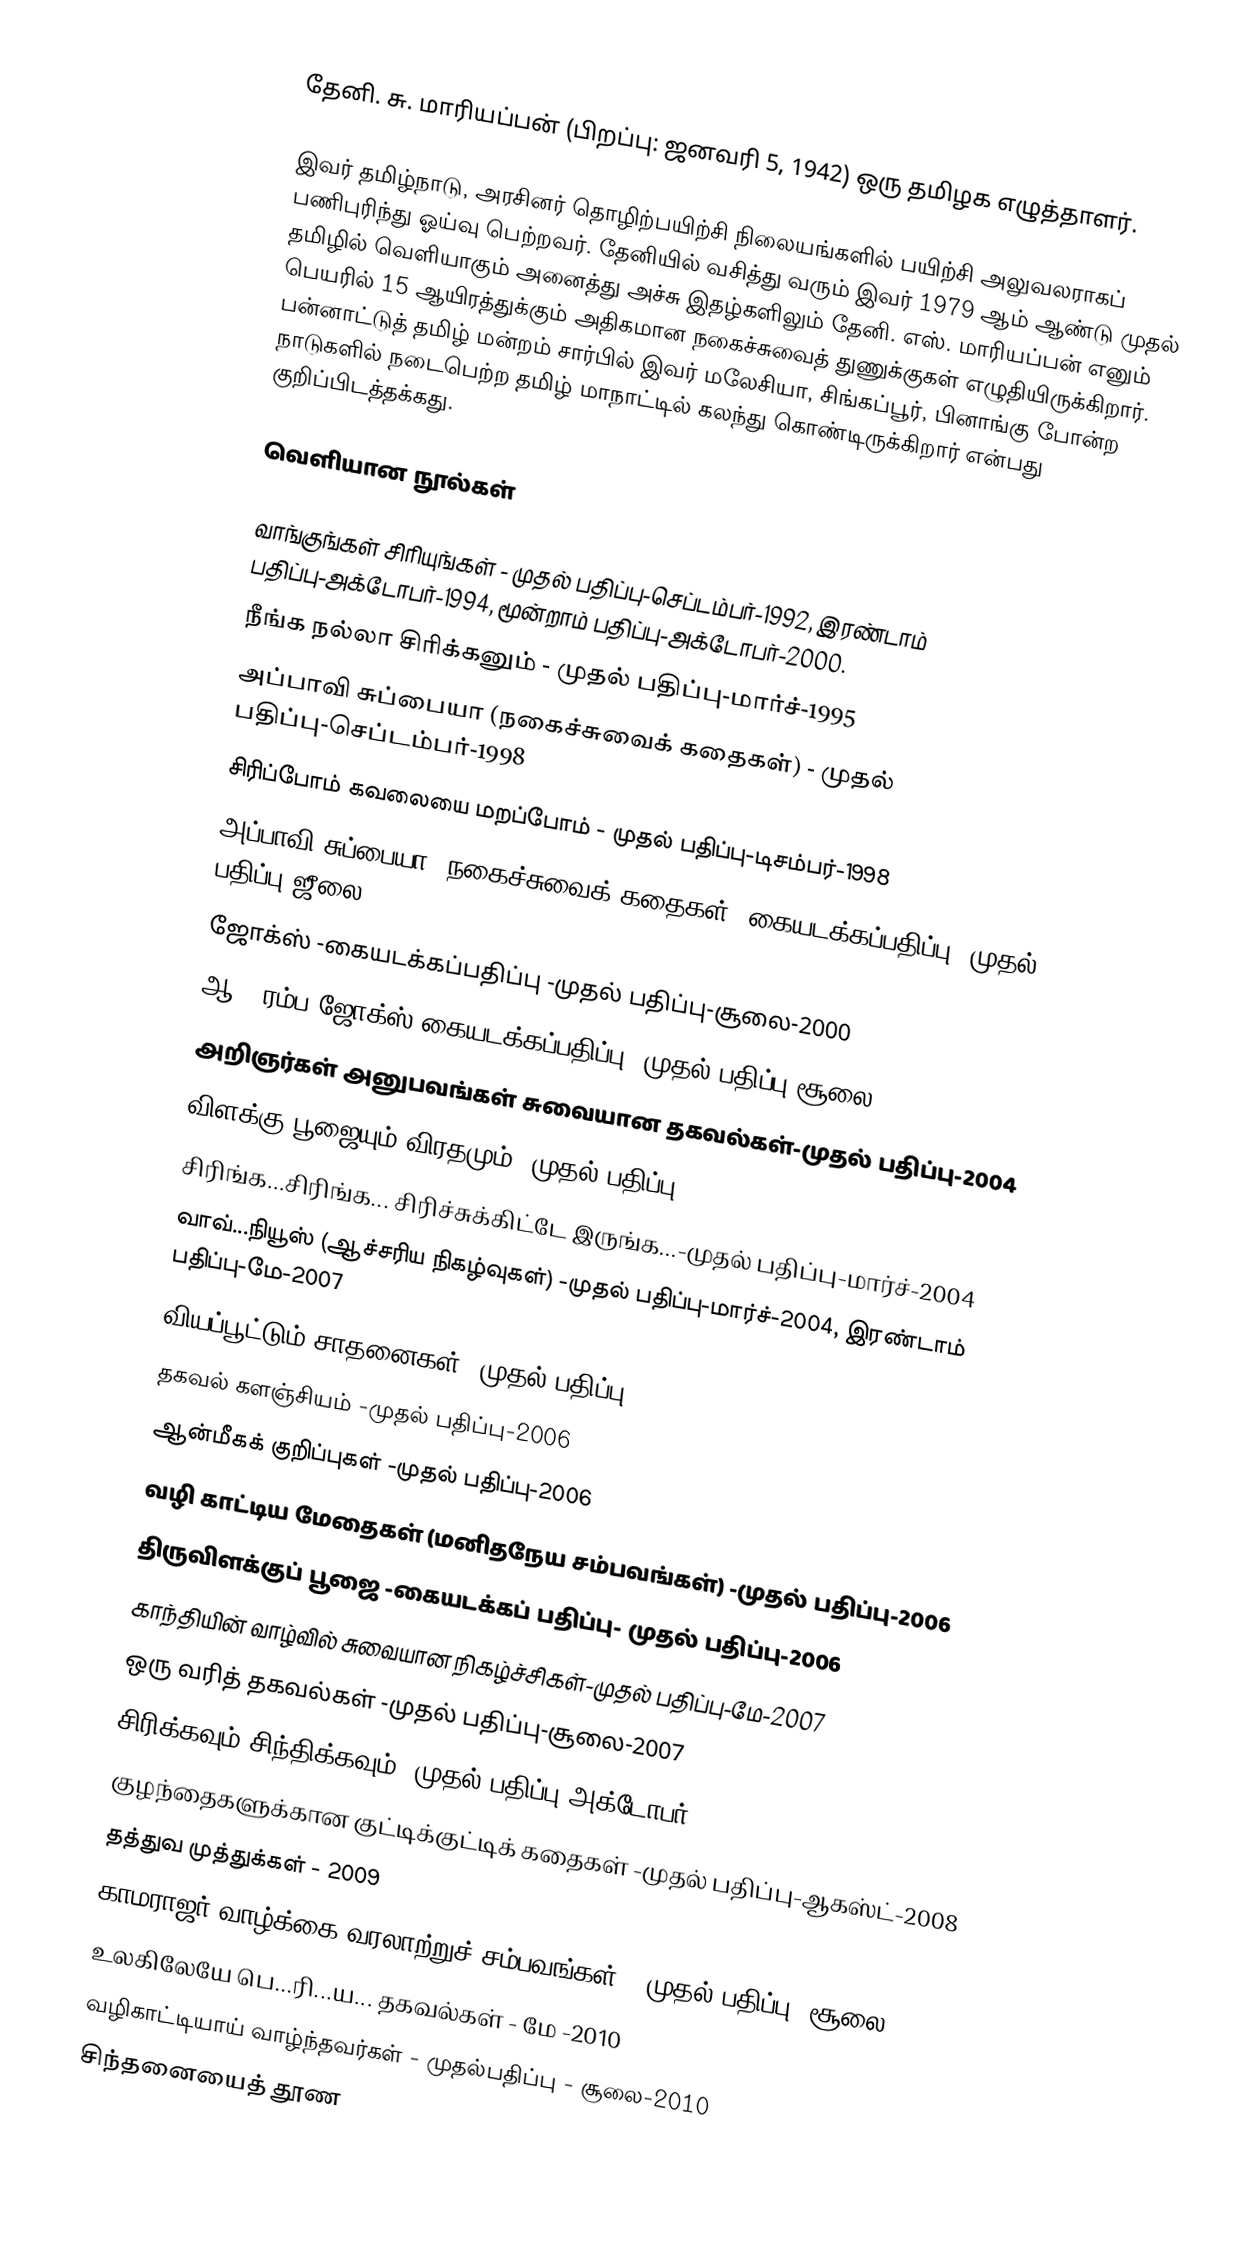
தேனி. சு. மாரியப்பன் (பிறப்பு: ஜனவரி 5, 1942) ஒரு தமிழக எழுத்தாளர்.

இவர் தமிழ்நாடு, அரசினர் தொழிற்பயிற்சி நிலையங்களில் பயிற்சி அலுவலராகப் பணிபுரிந்து ஓய்வு பெற்றவர். தேனியில் வசித்து வரும் இவர் 1979 ஆம் ஆண்டு முதல் தமிழில் வெளியாகும் அனைத்து அச்சு இதழ்களிலும் தேனி. எஸ். மாரியப்பன் எனும் பெயரில் 15 ஆயிரத்துக்கும் அதிகமான நகைச்சுவைத் துணுக்குகள் எழுதியிருக்கிறார். பன்னாட்டுத் தமிழ் மன்றம் சார்பில் இவர் மலேசியா, சிங்கப்பூர், பினாங்கு போன்ற நாடுகளில் நடைபெற்ற தமிழ் மாநாட்டில் கலந்து கொண்டிருக்கிறார் என்பது குறிப்பிடத்தக்கது.

வெளியான நூல்கள்

 வாங்குங்கள் சிரியுங்கள் - முதல் பதிப்பு-செப்டம்பர்-1992, இரண்டாம் பதிப்பு-அக்டோபர்-1994, மூன்றாம் பதிப்பு-அக்டோபர்-2000.
 நீங்க நல்லா சிரிக்கனும் - முதல் பதிப்பு-மார்ச்-1995
 அப்பாவி சுப்பையா (நகைச்சுவைக் கதைகள்) - முதல் பதிப்பு-செப்டம்பர்-1998
 சிரிப்போம் கவலையை மறப்போம் - முதல் பதிப்பு-டிசம்பர்-1998
 அப்பாவி சுப்பையா (நகைச்சுவைக் கதைகள்)-கையடக்கப்பதிப்பு -முதல் பதிப்பு-ஜீலை-2000
 ஜோக்ஸ் -கையடக்கப்பதிப்பு -முதல் பதிப்பு-சூலை-2000
 ஆ...ரம்ப ஜோக்ஸ்-கையடக்கப்பதிப்பு -முதல் பதிப்பு-சூலை-2000
 அறிஞர்கள் அனுபவங்கள் சுவையான தகவல்கள்-முதல் பதிப்பு-2004
 விளக்கு பூஜையும் விரதமும் -முதல் பதிப்பு-2004
 சிரிங்க...சிரிங்க... சிரிச்சுக்கிட்டே இருங்க...-முதல் பதிப்பு-மார்ச்-2004
 வாவ்...நியூஸ் (ஆச்சரிய நிகழ்வுகள்) -முதல் பதிப்பு-மார்ச்-2004, இரண்டாம் பதிப்பு-மே-2007
 வியப்பூட்டும் சாதனைகள் -முதல் பதிப்பு-2006
 தகவல் களஞ்சியம் -முதல் பதிப்பு-2006
 ஆன்மீகக் குறிப்புகள் -முதல் பதிப்பு-2006
 வழி காட்டிய மேதைகள் (மனிதநேய சம்பவங்கள்) -முதல் பதிப்பு-2006
 திருவிளக்குப் பூஜை -கையடக்கப் பதிப்பு- முதல் பதிப்பு-2006
 காந்தியின் வாழ்வில் சுவையான நிகழ்ச்சிகள்-முதல் பதிப்பு-மே-2007
 ஒரு வரித் தகவல்கள் -முதல் பதிப்பு-சூலை-2007
 சிரிக்கவும் சிந்திக்கவும் -முதல் பதிப்பு-அக்டோபர்-2007
 குழந்தைகளுக்கான குட்டிக்குட்டிக் கதைகள் -முதல் பதிப்பு-ஆகஸ்ட்-2008
 தத்துவ முத்துக்கள் - 2009
 காமராஜர் வாழ்க்கை வரலாற்றுச் சம்பவங்கள் - முதல் பதிப்பு- சூலை-2009
 உலகிலேயே பெ...ரி...ய... தகவல்கள் - மே -2010
 வழிகாட்டியாய் வாழ்ந்தவர்கள் - முதல்பதிப்பு - சூலை-2010
 சிந்தனையைத் தூண